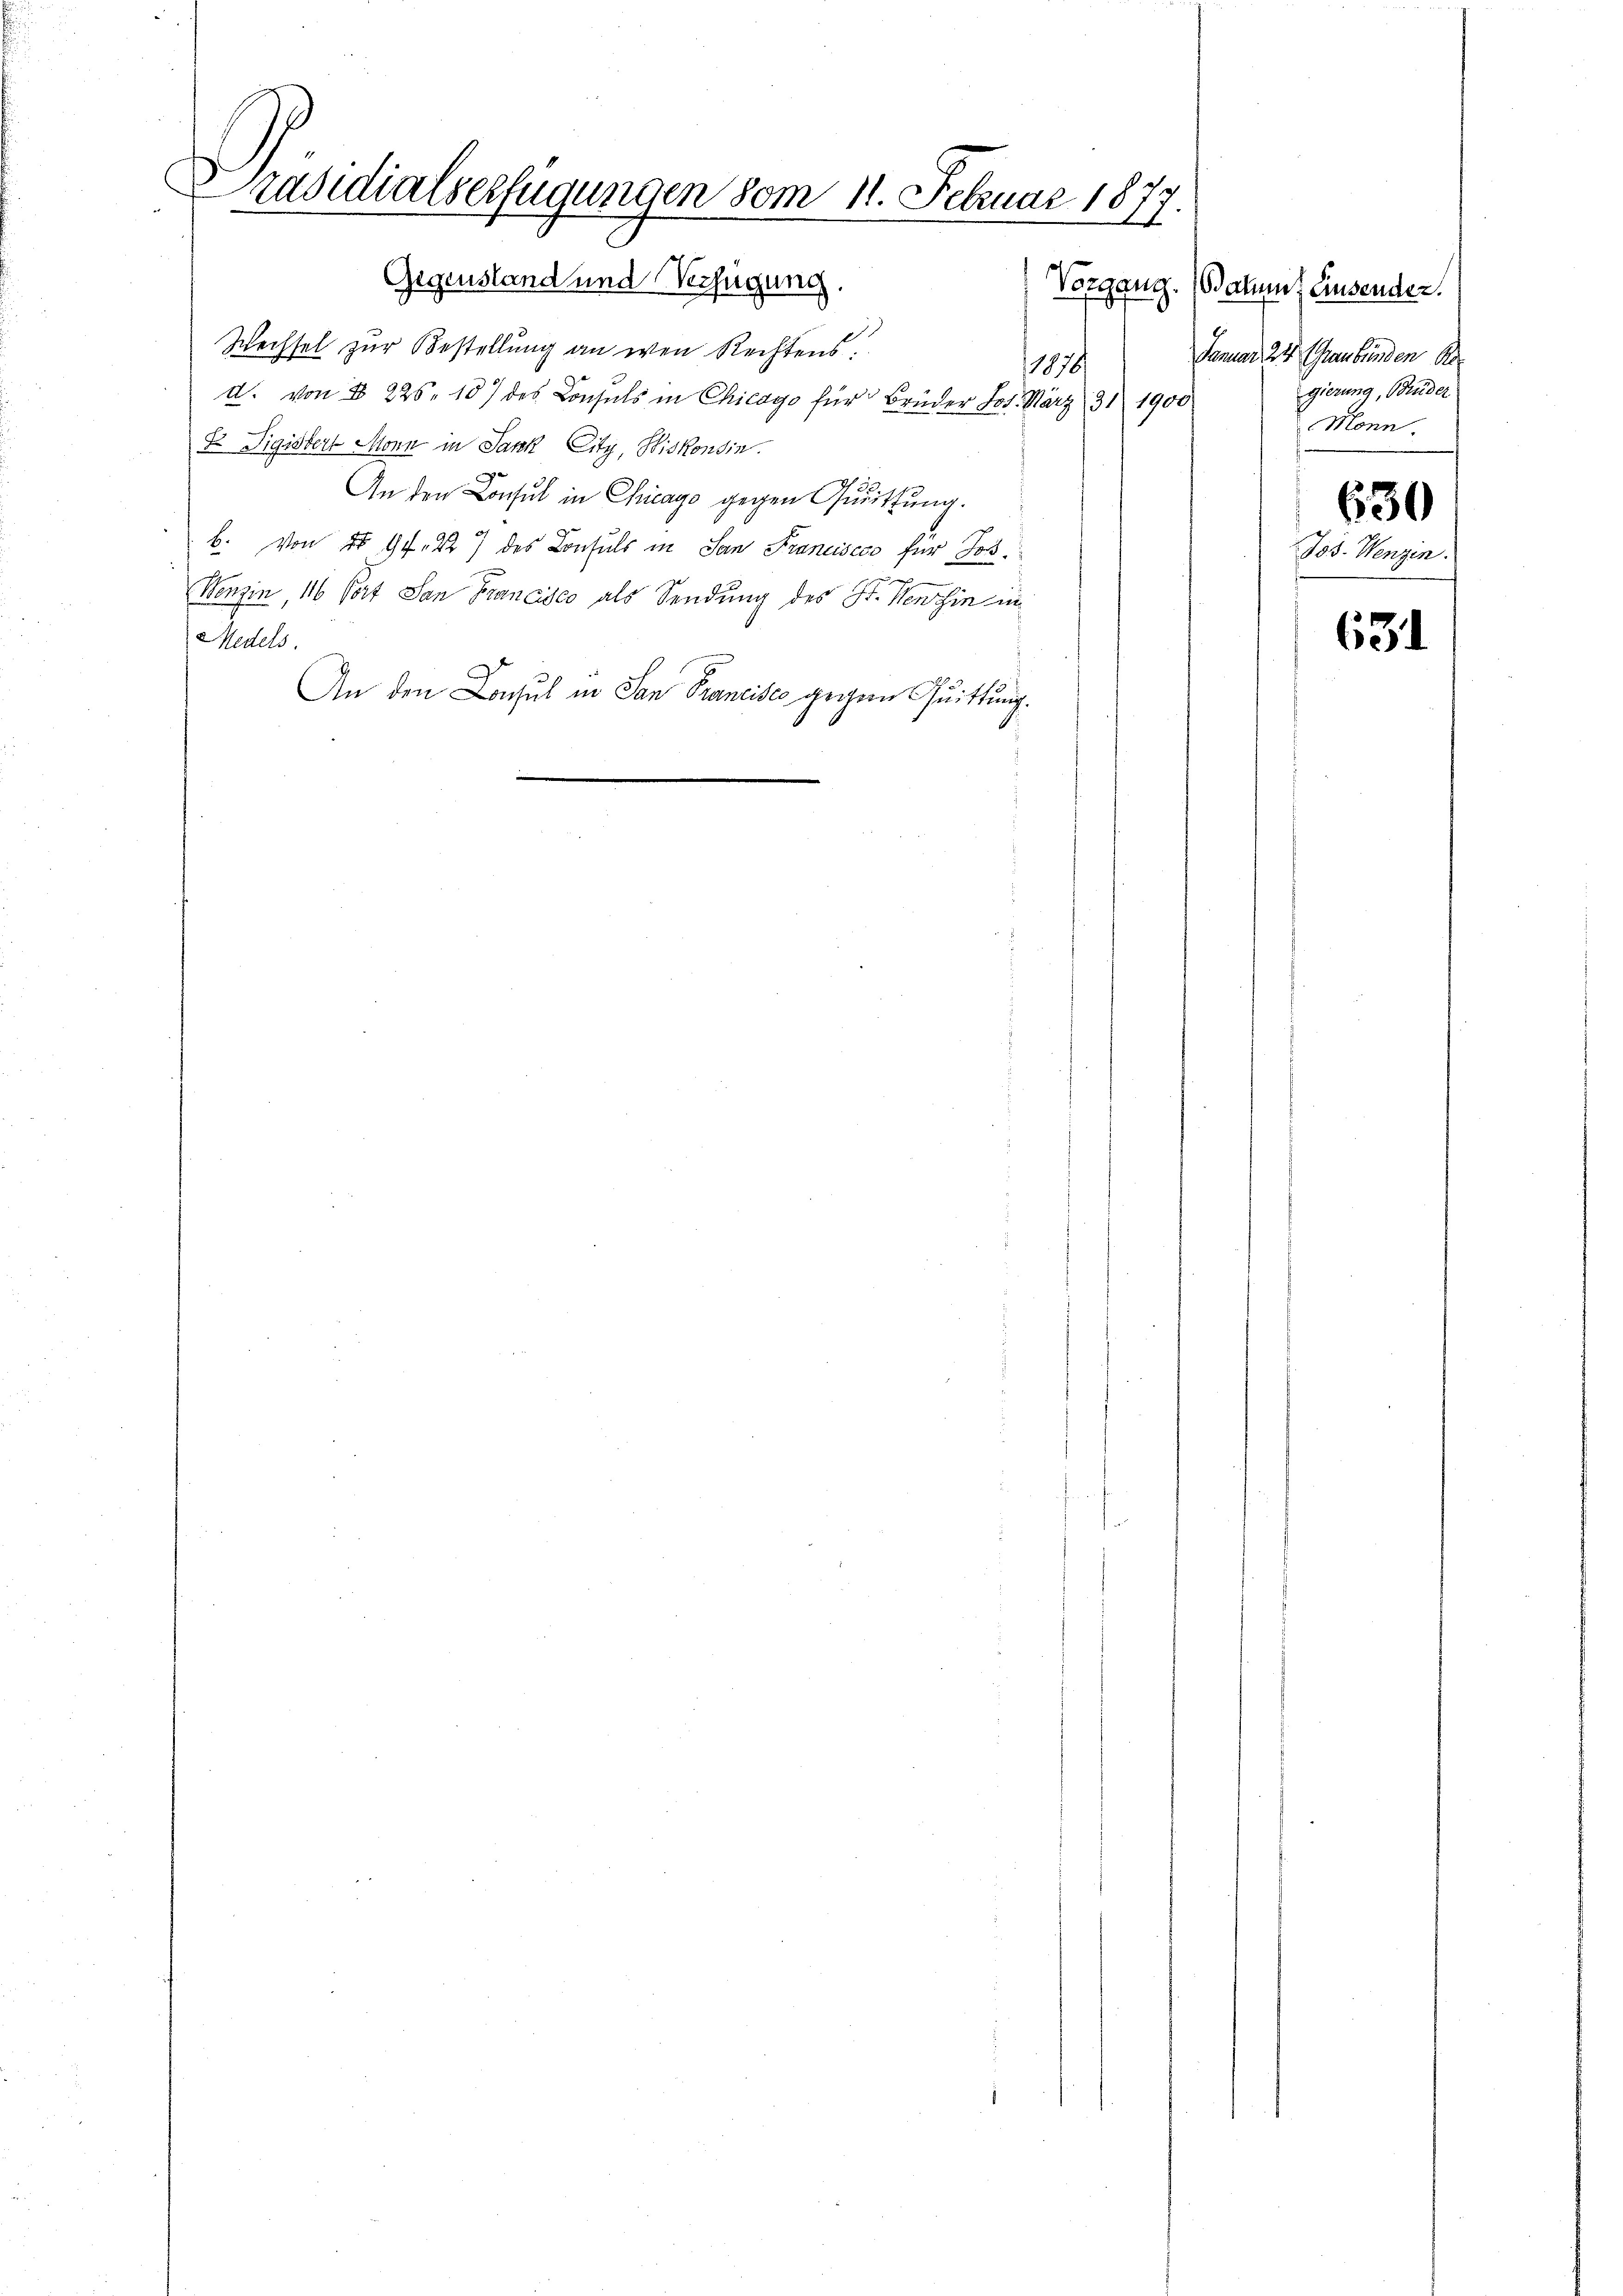
Präsidialverfügungen vom 11. Februar 181
.
1.
Gegenstand und Verfügung.

Wechsel zur Bestellung an wen Rechtens:
1870/
d. von § 226. 107 des Consuls in Chicago für Brüder Jos. März 31 1900
S Vigistert Monn in Jank, City, Biskonsin.
An den Consul in Chicago gegen Grützung.
b. von § 97. 227 des Consuls in San Franciscco für Jos.
Menzin 116 Port San Francisco als Sendung des St. Menzin in
Medels.
An den Locul in San Francisco gegen Quittung.
e
"
 2 x
.

Vorgang. (Datum) Einsenden.
Januar 24. Graubünden Re
gierung, Brüder
Monn
630
Jos. Wenzen.

631